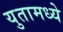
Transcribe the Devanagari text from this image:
युतामध्ये